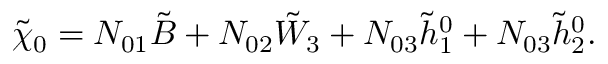
\tilde { \chi } _ { 0 } = N _ { 0 1 } \tilde { B } + N _ { 0 2 } \tilde { W } _ { 3 } + N _ { 0 3 } \tilde { h } _ { 1 } ^ { 0 } + N _ { 0 3 } \tilde { h } _ { 2 } ^ { 0 } .